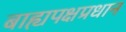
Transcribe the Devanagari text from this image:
बाह्यपक्षप्रधान